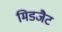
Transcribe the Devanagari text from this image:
मिडजैट